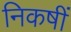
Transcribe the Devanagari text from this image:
निकषीं